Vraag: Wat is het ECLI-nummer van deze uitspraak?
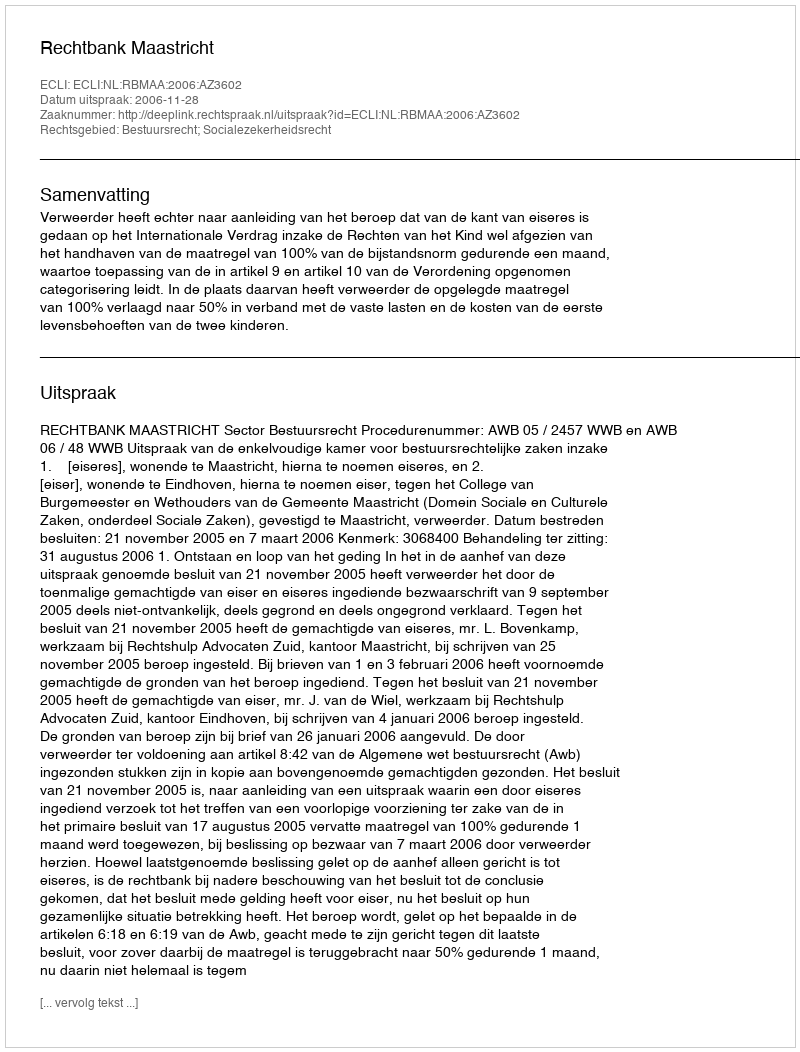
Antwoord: ECLI:NL:RBMAA:2006:AZ3602